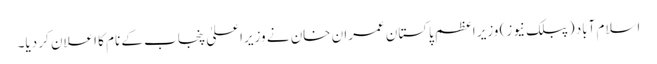
اسلام آباد (پبلک نیوز) وزیر اعظم پاکستان عمران خان نے وزیراعلیٰ پنجاب کے نام کا اعلان کر دیا۔